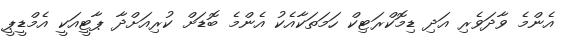
އެންމެ ވާދަވެރި އަދި ޑިމޮކްރަޓިކް ހަމަތަކާއެކު އެންމެ ބޮޑަށް ކުރިއަށްދާ ޕާޓީއަކީ އެމްޑީޕީ